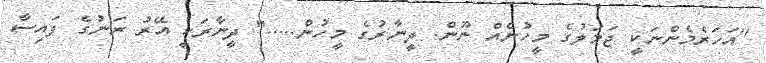
"އަހަރެމެންނަކީ ޖަމަލުގެ މީހުނެއް ނޫން. ދީނާރުގެ މީހުން....." ދީނާރަކީ އޭރު ރަނުގެ ފައިސާ